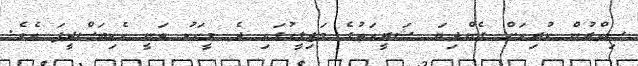
ސިއްރުން ކުރިއަށް ގެންދިޔަ ޝަރީއަތުގެ މަޖިލީހުގައި ދެ މީހަކު ވަނީ ހެކިބަސްދީފަ އެވެ.